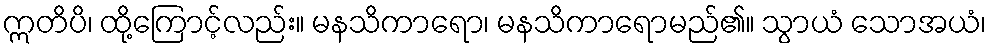
ဣတိပိ၊ ထို့ကြောင့်လည်း။ မနသိကာရော၊ မနသိကာရောမည်၏။ သွာယံ သောအယံ၊